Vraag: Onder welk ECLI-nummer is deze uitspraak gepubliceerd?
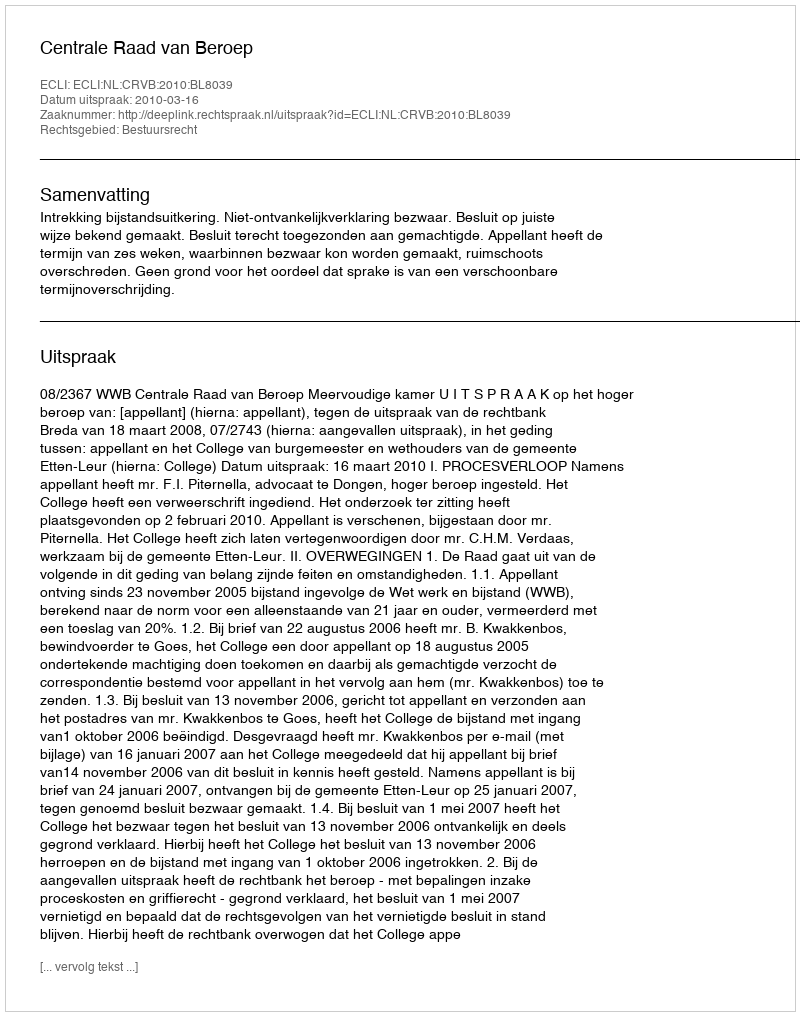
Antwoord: ECLI:NL:CRVB:2010:BL8039